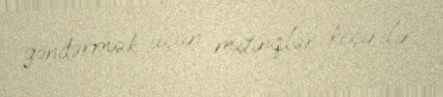
göndərmək üçün mitinqlər keçirilir.